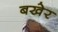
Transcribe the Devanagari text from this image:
बखेर